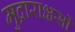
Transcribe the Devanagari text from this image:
मुद्राराक्षसों